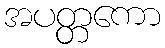
အပတ္တကော